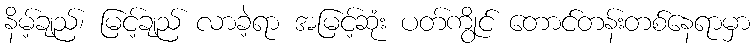
နိမ့်ချည်၊ မြင့်ချည် လာခဲ့ရာ အမြင့်ဆုံး ပတ်ကွိုင် တောင်တန်းတစ်နေရာမှာ